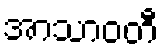
အာသာဝတီ